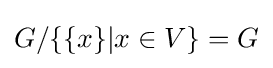
G/\{\{x\}|x\in V\}=G